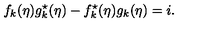
f _ { k } ( \eta ) g _ { k } ^ { \star } ( \eta ) - f _ { k } ^ { \star } ( \eta ) g _ { k } ( \eta ) = i .